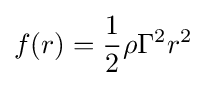
f(r)={\frac {1}{2}}\rho \Gamma ^{2}r^{2}